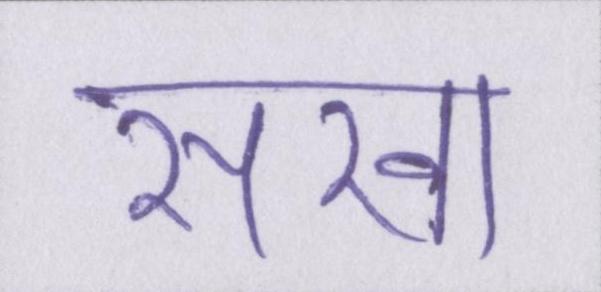
सखा